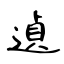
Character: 遉